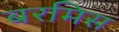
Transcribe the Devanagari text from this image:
बरमिस